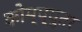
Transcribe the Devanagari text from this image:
कोम्प्युतर